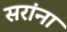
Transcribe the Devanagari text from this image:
सरांना